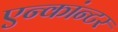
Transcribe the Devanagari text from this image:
एन्कांन्टर